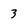
Character: 3